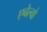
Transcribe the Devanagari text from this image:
एबेल्वो